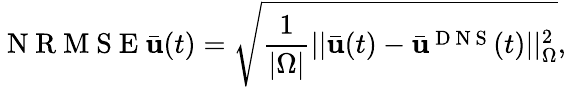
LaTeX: \mathrm{~N~R~M~S~E~}\bar{\mathbf{u}}(t)=\sqrt{\frac{1}{|\Omega|}||\bar{\mathbf{u}}(t)-\bar{\mathbf{u}}^{\mathrm{~D~N~S~}}(t)||_{\Omega}^{2}},